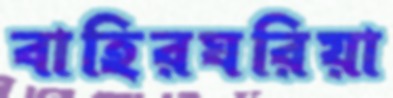
বাহিরঘরিয়া